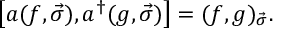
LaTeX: \left[ a ( f , \vec { \sigma } ) , a ^ { \dagger } ( g , \vec { \sigma } ) \right] = ( f , g ) _ { \vec { \sigma } } .